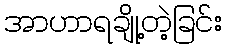
အာဟာရချို့တဲ့ခြင်း